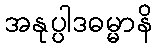
အနုပ္ပါဒဓမ္မာနိ